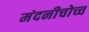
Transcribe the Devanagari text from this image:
मंदनीचोच्च